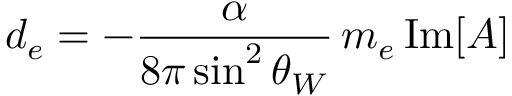
d _ { e } = - \frac { \alpha } { 8 \pi \sin ^ { 2 } \theta _ { W } } \, m _ { e } \, \mathrm { I m } [ A ]